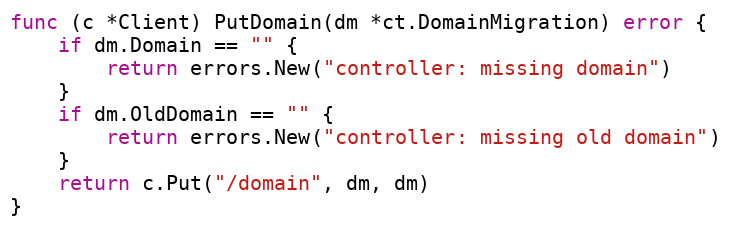
Language: Go
func (c *Client) PutDomain(dm *ct.DomainMigration) error {
	if dm.Domain == "" {
		return errors.New("controller: missing domain")
	}
	if dm.OldDomain == "" {
		return errors.New("controller: missing old domain")
	}
	return c.Put("/domain", dm, dm)
}